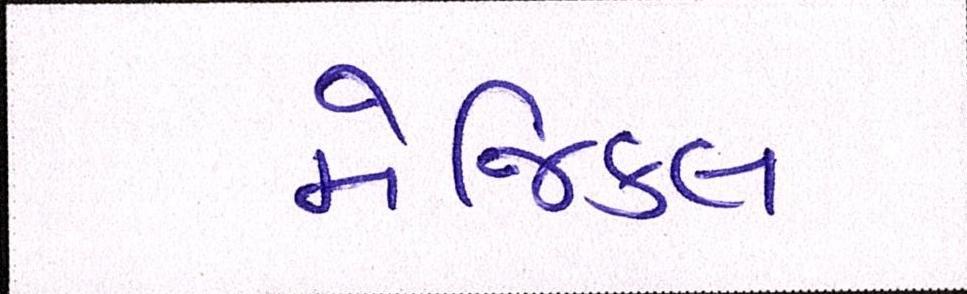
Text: મેજિકલ